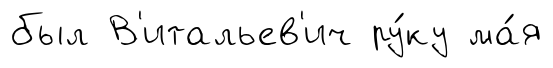
был В'итальев'ич ру́ку ма́я